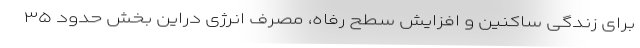
برای زندگی ساکنین و افزایش سطح رفاه، مصرف انرژی دراین بخش حدود ۳۵